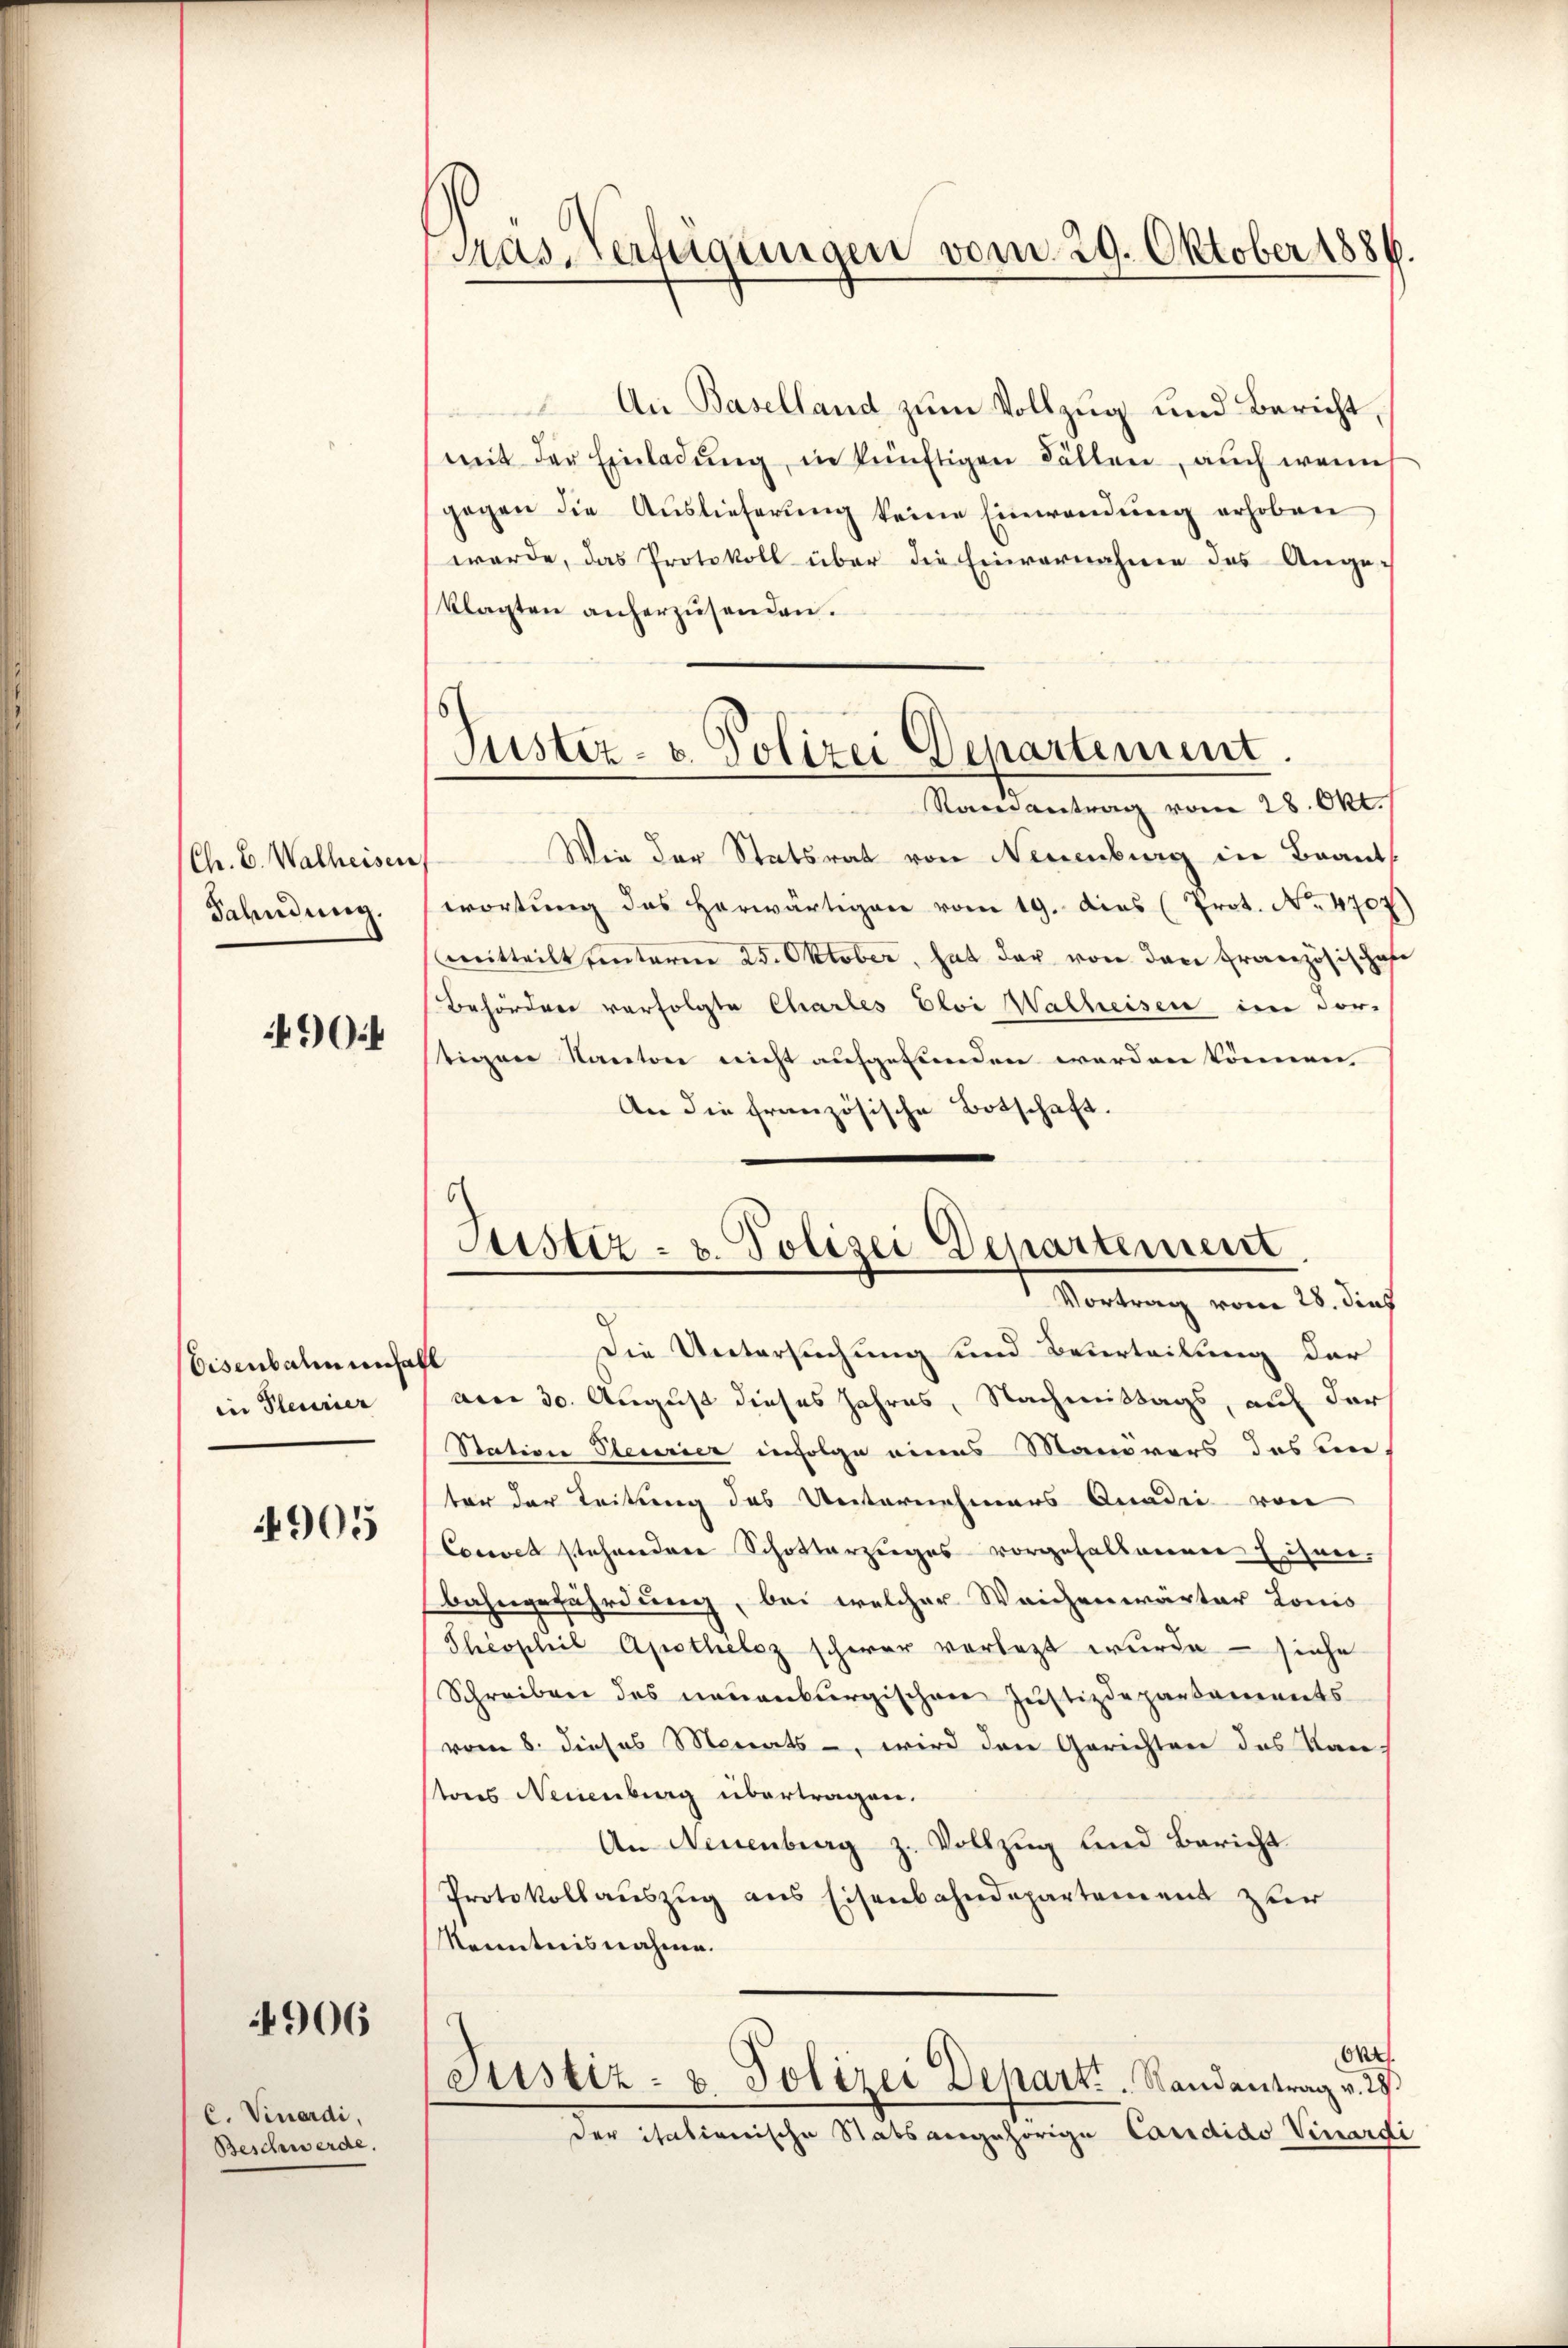
Chr. C. Walheisen
Fahndung.

490

Eisenbahn unfall
in Plecurier

4905

4906

C. Vinardi,
Beschwerde

Pras-Verfügungen vom 29. Oktober 1886.

Pustiz- & Polizei Departement.

e
An Baselland zum Vollzug und Bericht
mit der Einladŭng in künftigen Fällen, auch wenn
gegen die Auslieferung keine Einwendung erhoben
werde, das Protokoll über die Einvernahme des Ange-
klagten anherzusenden.
Ramantrag vom 28. Okt.
Wie der Statsrat von Neuenburg in Braut
wortŭng des herwärtigen vom 19. das (Prot. No. 4707)
mitteilt hinterm 25. Oktober, hat der von den Französischafe
Behördere verfolgte Charles Eloi Walheisen im dorstigen Kanton nicht aufgefunden werden können.
An die französische Botschaft
Die Untersuchung und Beurteilung der
am 30. August dieses Jahres, Nachmittags, auf der
Station Steurier infolge eines Manorers des un-
ter der Leitung des Unternehmers Anadii von
Couvel stehendere Schotterzuges vorgefallenen Eisen.
Bahngefährdung, bei welcher Weichenwärter Louis
Theophil Apotheloz schwer vorlegt wurde – siehe
Schreiben des neuenburgischen Justizdepartanenents
vom 8. dieses Monats-, wird den Gerichten des Kantons Neuenburg übertragen.
An Neuenburg z. Vollzug und Bericht
Protokollauszug aus Eisenbahndepartement zur
Kenntnisnahme.
Ont
Justiz- & Polizei Depart. Randantrag v. 28.
der italienische Statsangehörige Caridido Venardi

Justiz- u. Polizei Departement
Vortrag vom 28. dies